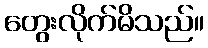
တွေးလိုက်မိသည်။